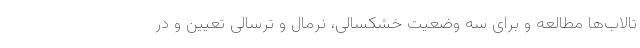
تالاب‌ها مطالعه و برای سه وضعیت خشکسالی، نرمال و ترسالی تعیین و در